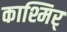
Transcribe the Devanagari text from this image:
काश्मिर्